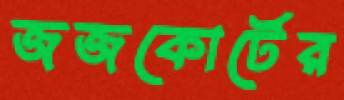
জজকোর্টের